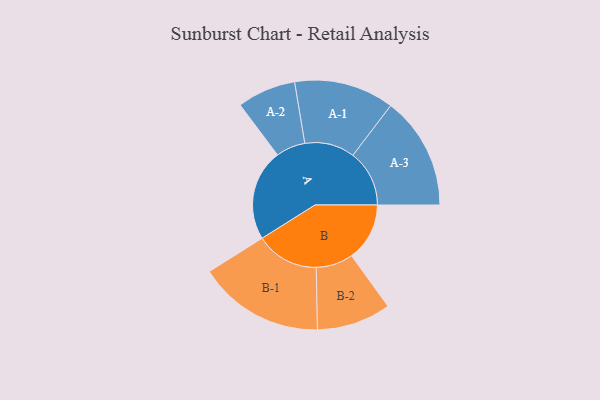
{"axis": {"x": "Segment", "y": "Value"}, "legend": ["", "A", "B"], "data": [{"x": "A", "y": 411, "type": ""}, {"x": "B", "y": 261, "type": ""}, {"x": "A-1", "y": 225, "type": "A"}, {"x": "A-2", "y": 132, "type": "A"}, {"x": "A-3", "y": 254, "type": "A"}, {"x": "B-1", "y": 284, "type": "B"}, {"x": "B-2", "y": 167, "type": "B"}]}